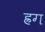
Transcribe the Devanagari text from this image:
ह्रग